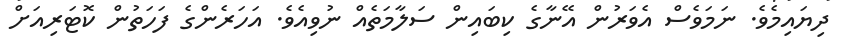
ދިޔައިމެވެ. ނަމަވެސް އެވަރުން އޭނާގެ ކިބައިން ސަލާމަތެއް ނުވިއެވެ. އަހަރެންގެ ފަހަތުން ކޮޓަރިއަށް